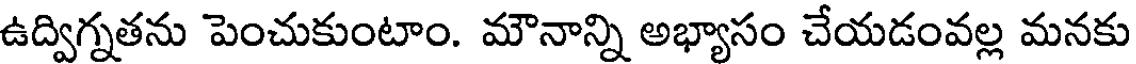
ఉద్విగ్నతను పెంచుకుంటాం. మౌనాన్ని అభ్యాసం చేయడంవల్ల మనకు